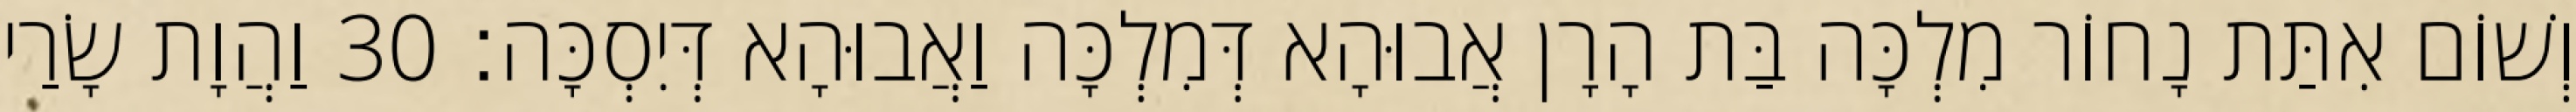
וְשׁוֹם אִתַּת נָחוֹר מִלְכָּה בַּת הָרָן אֲבוּהָא דְּמִלְכָּה וַאֲבוּהָא דְּיִסְכָּה׃ 30 וַהֲוָת שָׂרַי